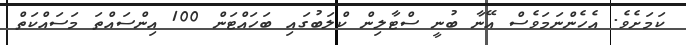
ކަމަށެވެ. އެހެންނަމަވެސް އޭނާ ބުނީ ސްޓާލިން ކްލަބުގައި ބަހައްޓަން 100 އިންސައްތަ މަސައްކަތް